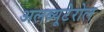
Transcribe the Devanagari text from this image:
अलब्यूटेरोल